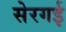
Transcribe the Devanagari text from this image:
सेरगई